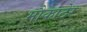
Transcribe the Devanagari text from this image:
मौकाठेर